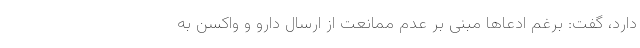
دارد، گفت: برغم ادعا‌ها مبنی بر عدم ممانعت از ارسال دارو و واکسن به